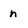
Character: n